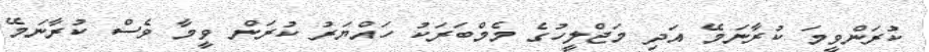
ކުރަންވީމަ ކުރާނަމޭ އަދި މަޖްލީހުގެ މެމްބަރަކު ހައްޔަރު ކުރަން ވީމާ ވެސް ކުރާނަމޭ